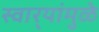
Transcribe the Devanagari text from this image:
स्वार्‍यांमुळे